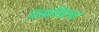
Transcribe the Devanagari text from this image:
मिसबलिदानात